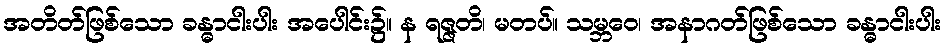
အတိတ်ဖြစ်သော ခန္ဓာငါးပါး အပေါင်း၌။ န ရဇ္ဇတိ၊ မတပ်။ သမ္ဘဝေ၊ အနာဂတ်ဖြစ်သော ခန္ဓာငါးပါး